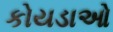
કોયડાઓ